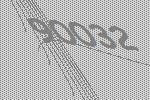
90032